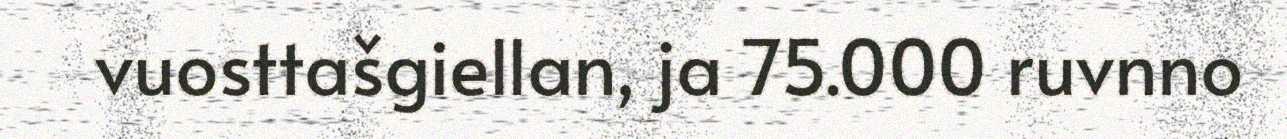
vuosttašgiellan, ja 75.000 ruvnno